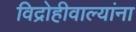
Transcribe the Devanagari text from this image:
विद्रोहीवाल्यांना